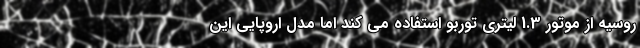
روسیه از موتور 1.3 لیتری توربو استفاده می کند اما مدل اروپایی این